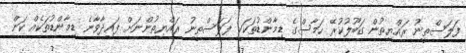
ފަލަސްތީނު ރައްޔިތުން ގަބޫލުކުރޭ ހަމާސްގެ ޑިމާންޑުތަކަކީ ފަލަސްތީނު ރައްޔިތުންނަށް ފައިދާވާނެ ޑިމާންޑުތަކެއް ކަން